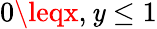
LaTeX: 0\leqx,\mathit{y}\leq1